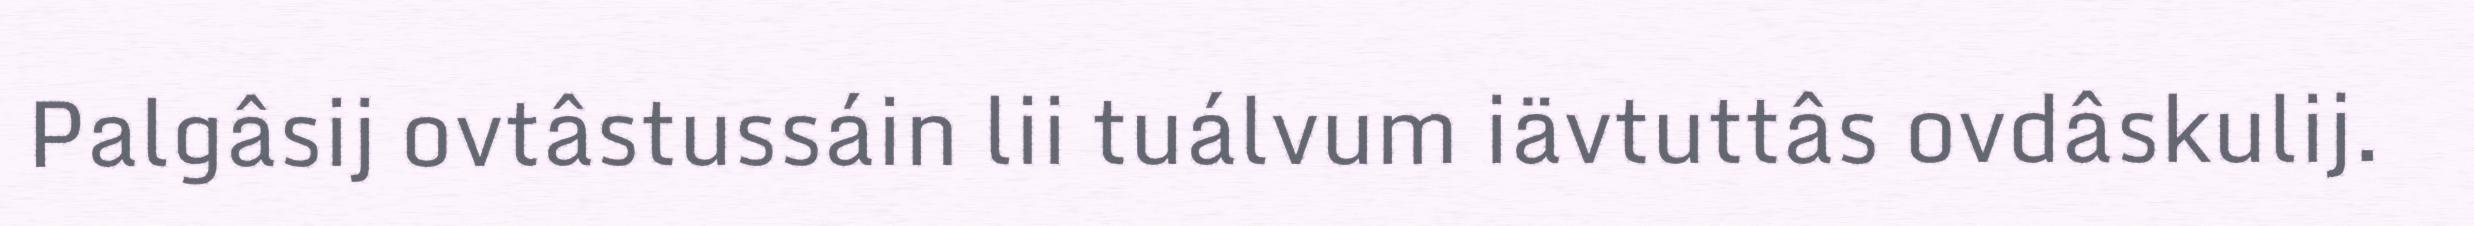
Palgâsij ovtâstussáin lii tuálvum iävtuttâs ovdâskulij.